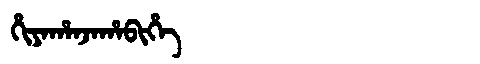
Manchu: ᡥᡳᠶᠠᡥᠠᠨᠵᠠᡥᠠᠪᡳᡥᡝ
Romanization: HIYAHANJAHABIHE